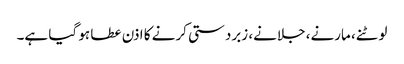
لوٹنے، مارنے، جلانے، زبردستی کرنے کا اذن عطا ہو گیا ہے۔